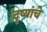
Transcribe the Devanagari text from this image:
दृष्यांचे